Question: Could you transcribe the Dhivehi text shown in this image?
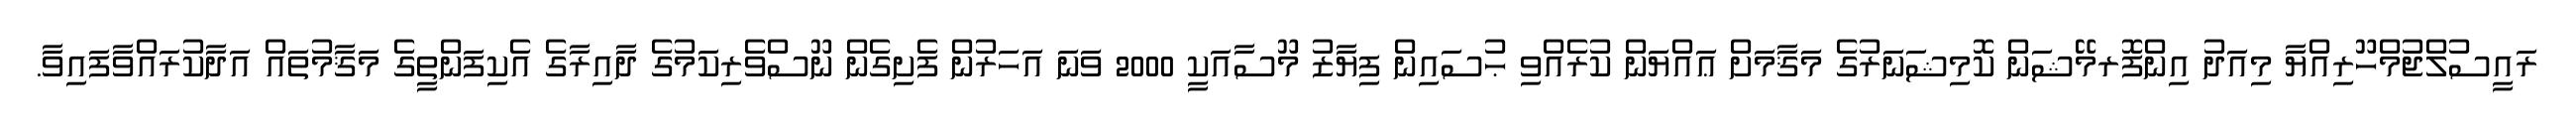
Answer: ރައީސުލްޖުމްހޫރިއްޔާ މިއަދު އިންފޮރމޭޝަން ކޮމިޝަނަރުގެ މަޤާމަށް ޢައްޔަން ކުރެއްވި ޙުސައިން ފިޔާޒު މޫސާއަކީ 2000 ވަނަ އަހަރުން ފެށިގެން ނޫސްވެރިކަމުގެ ދާއިރާގެ އެކިފަންތީގެ މަޤާމުތައް އަދާކުރައްވާފައިވާ.